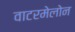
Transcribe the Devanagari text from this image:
वाटरमेलोन